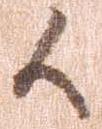
候